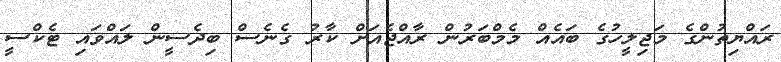
ރައްޔިތުންގެ މަޖިލީހުގެ ބައެއް މެމްބަރުން ރާއްޖެއަށް ކާރު ގެނެސް ބިދެސީން ލައްވައި ޓެކްސީ